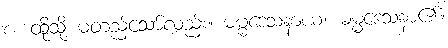
စ၊ ထိုသို့ မတည်သော်လည်း။ ဓမ္မဒေသနာယ၊ ဓမ္မဒေသနာ၏။